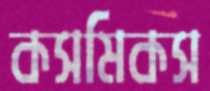
কসমিকস